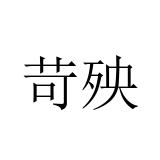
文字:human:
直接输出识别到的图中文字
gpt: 苛殃